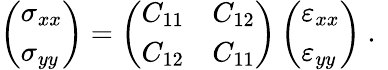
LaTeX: \left(\begin{array}{l}{\sigma_{xx}}\\ {\sigma_{yy}}\end{array}\right)=\left(\begin{array}{ll}{C_{11}}&{C_{12}}\\ {C_{12}}&{C_{11}}\end{array}\right)\left(\begin{array}{l}{\varepsilon_{xx}}\\ {\varepsilon_{yy}}\end{array}\right)\mathrm{~.~}